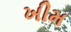
ખીમ